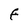
Character: F